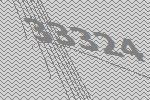
33324